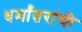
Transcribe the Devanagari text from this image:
धर्मांतरांची